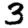
Digit: 3